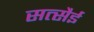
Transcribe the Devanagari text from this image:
सत्सैई